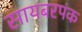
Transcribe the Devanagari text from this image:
सायबरपंक